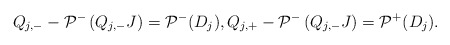
\begin{align*}Q_{j,-}-\mathcal{P}^-\left(Q_{j,-} J\right)=\mathcal{P}^-(D_j), Q_{j,+} -\mathcal{P}^-\left(Q_{j,-} J\right)=\mathcal{P}^+(D_j).\end{align*}